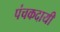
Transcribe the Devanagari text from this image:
पंचकदायी